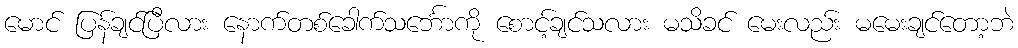
မောင် ပြန်ချင်ပြီလား နောက်တစ်ခေါက်သင်္ဘောကို စောင့်ချင်သလား မသိခင် မေးလည်း မမေးချင်တော့ဘဲ